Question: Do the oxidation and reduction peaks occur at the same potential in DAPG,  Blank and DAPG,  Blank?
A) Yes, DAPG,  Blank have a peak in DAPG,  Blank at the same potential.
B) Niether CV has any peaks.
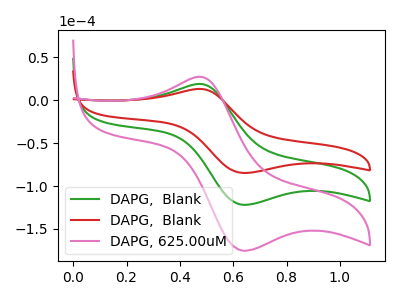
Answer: <think>The green curve "DAPG,  Blank" has an anodic peak at (0.45V, 19.05uA) and a cathodic peak at (0.65V, -121.75uA). The red curve "DAPG,  Blank" has an anodic peak at (0.45V, 13.25uA) and a cathodic peak at (0.65V, -84.60uA). The pink curve "DAPG, 625.00uM" has an anodic peak at (0.45V, 38.10uA) and a cathodic peak at (0.65V, -243.45uA).</think>
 <answer>A) Yes, "DAPG,  Blank" have a peak in "DAPG,  Blank" at the same potential.</answer>
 <eval>A</eval>